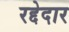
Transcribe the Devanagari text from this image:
रद्देदार